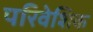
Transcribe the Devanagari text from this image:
परिवेशिक